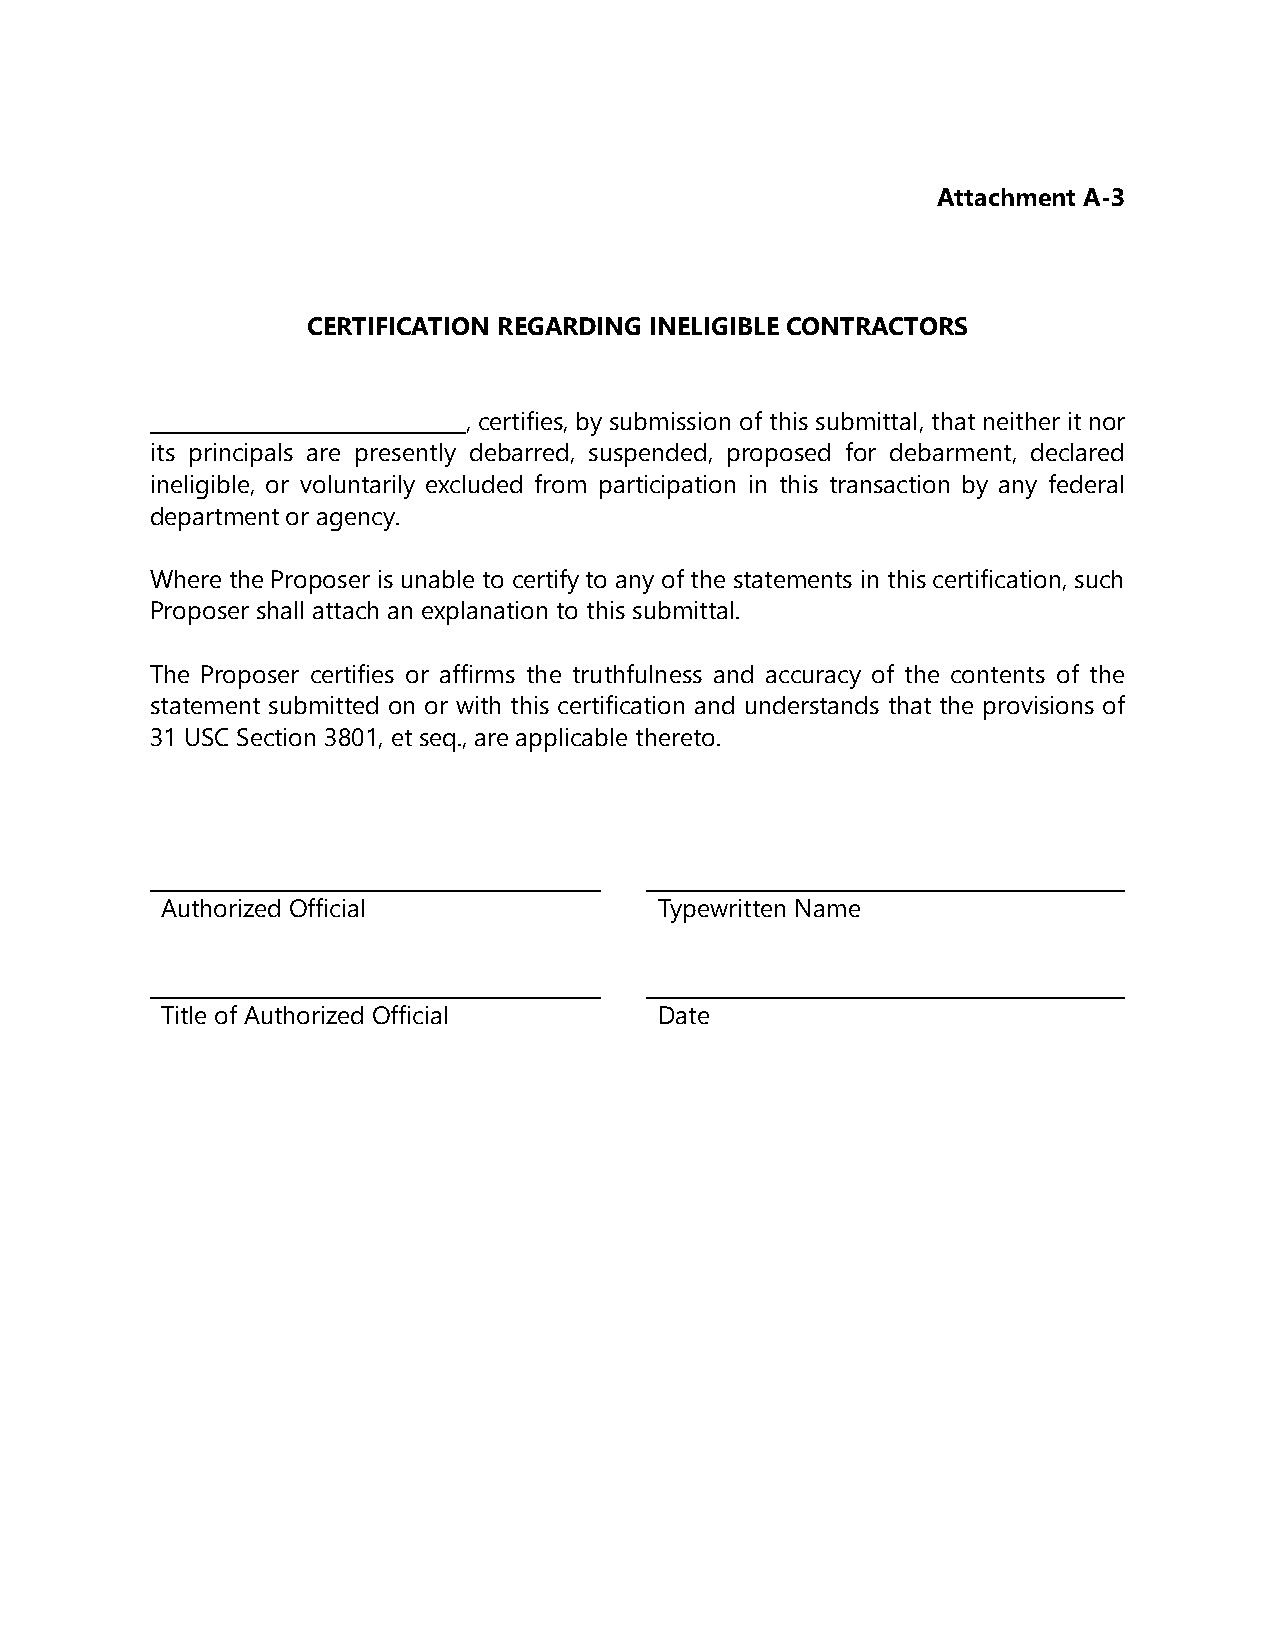
Attachment A-3
 CERTIFICATION REGARDING INELIGIBLE CONTRACTORS
 _______________________ , certifies, by submission of this submittal, that neither it nor
 its principals are presently debarred, suspended, proposed for debarment, declared
 ineligible, or voluntarily excluded from participation in this transaction by any federal
 department or agency.
 Where the Proposer is unable to certify to any of the statements in this certification, such
 Proposer shall attach an explanation to this submittal.
 The Proposer certifies or affirms the truthfulness and accuracy of the contents of the
 statement submitted on or with this certification and understands that the provisions of
 31 USC Section 3801, et seq., are applicable thereto.
 Authorized Official              Typewritten Name
 Title of Authorized Official     Date